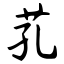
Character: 芤